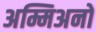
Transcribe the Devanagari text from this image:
अम्मिअनो